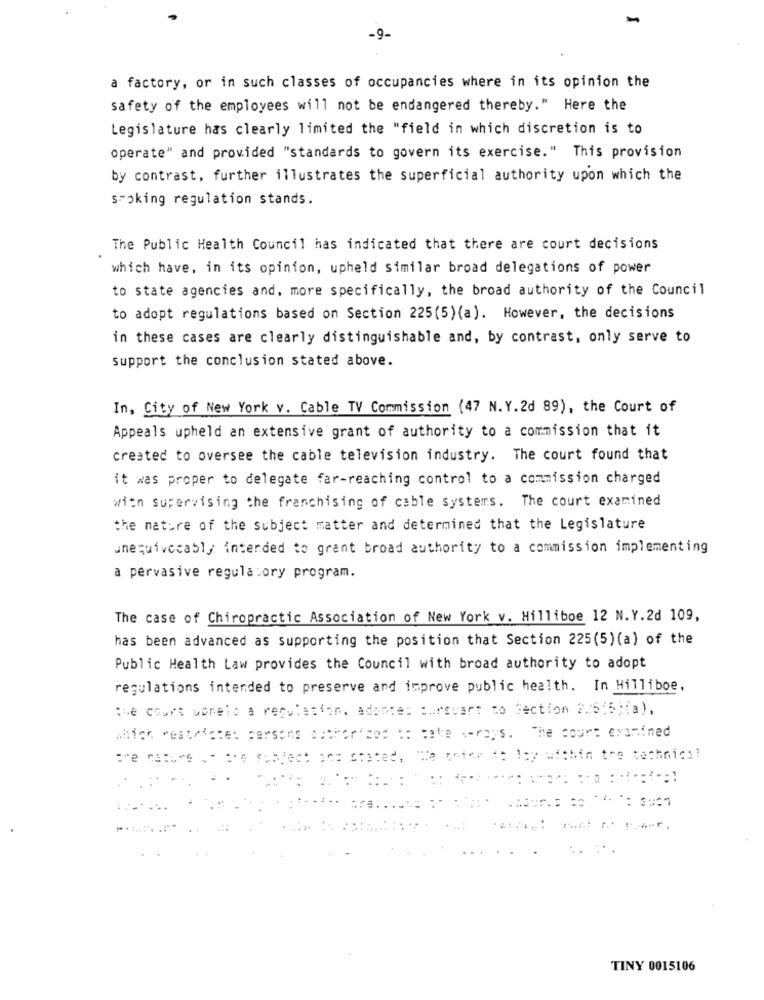
-9-
a factory, or in such classes of occupancies where in its opinion the
safety of the employees will not be endangered thereby." Here the
Legislature has clearly limited the "field in which discretion is to
operate" and provided "standards to govern its exercise." This provision
by contrast, further illustrates the superficial authority upon which the
smoking regulation stands.
The Public Health Council has indicated that there are court decisions
which have, in its opinion, upheld similar broad delegations of power
to state agencies and, more specifically, the broad authority of the Council
to adopt regulations based on Section 225(5)(a). However, the decisions
in these cases are clearly distinguishable and, by contrast, only serve to
support the conclusion stated above.
In, City of New York v. Cable TV Commission (47 N. Y.2d 89), the Court of
Appeals upheld an extensive grant of authority to a commission that it
created to oversee the cable television industry. The court found that
it was proper to delegate far-reaching control to a commission charged
wien supervising the franchising of cable systems. The court examined
the nature of the subject matter and determined that the Legislature
unequivocably intended to grant broad authority to a commission implementing
a pervasive regulatory program.
The case of Chiropractic Association of New York v. Hilliboe 12 N.Y.2d 109,
has been advanced as supporting the position that Section 225(5) (a) of the
Public Health Law provides the Council with broad authority to adopt
regulations intended to preserve and improve public health. In Hilliboe,
the court conelo a regulation, adontes Bursvart to Section 2.5:5)(a),
which westricte: persons author'sos to take x-rays. The court examined
TINY 0015106